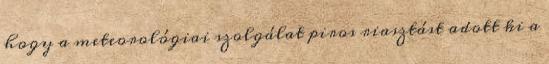
hogy a meteorológiai szolgálat piros riasztást adott ki a